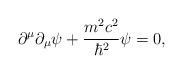
LaTeX: \begin{align*}\partial ^{\mu } \partial _{\mu}\psi + {m ^{2 }c ^{2}\over {\hbar^2}}\psi=0,\end{align*}